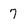
Character: 7